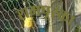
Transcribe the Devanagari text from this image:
रामपूरका